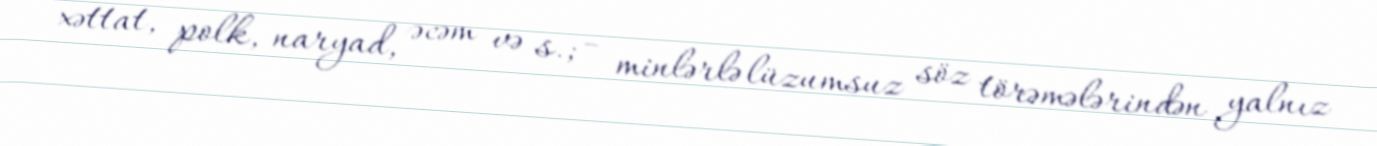
xəttat, polk, naryad, əcəm və s.; – minlərlə lüzumsuz söz törəmələrindən yalnız